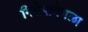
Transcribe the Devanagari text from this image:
निरोपावेगळा